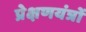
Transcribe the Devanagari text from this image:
प्रेक्षणयंत्रों